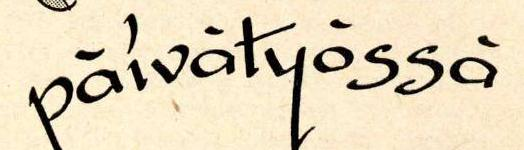
päivätyössä